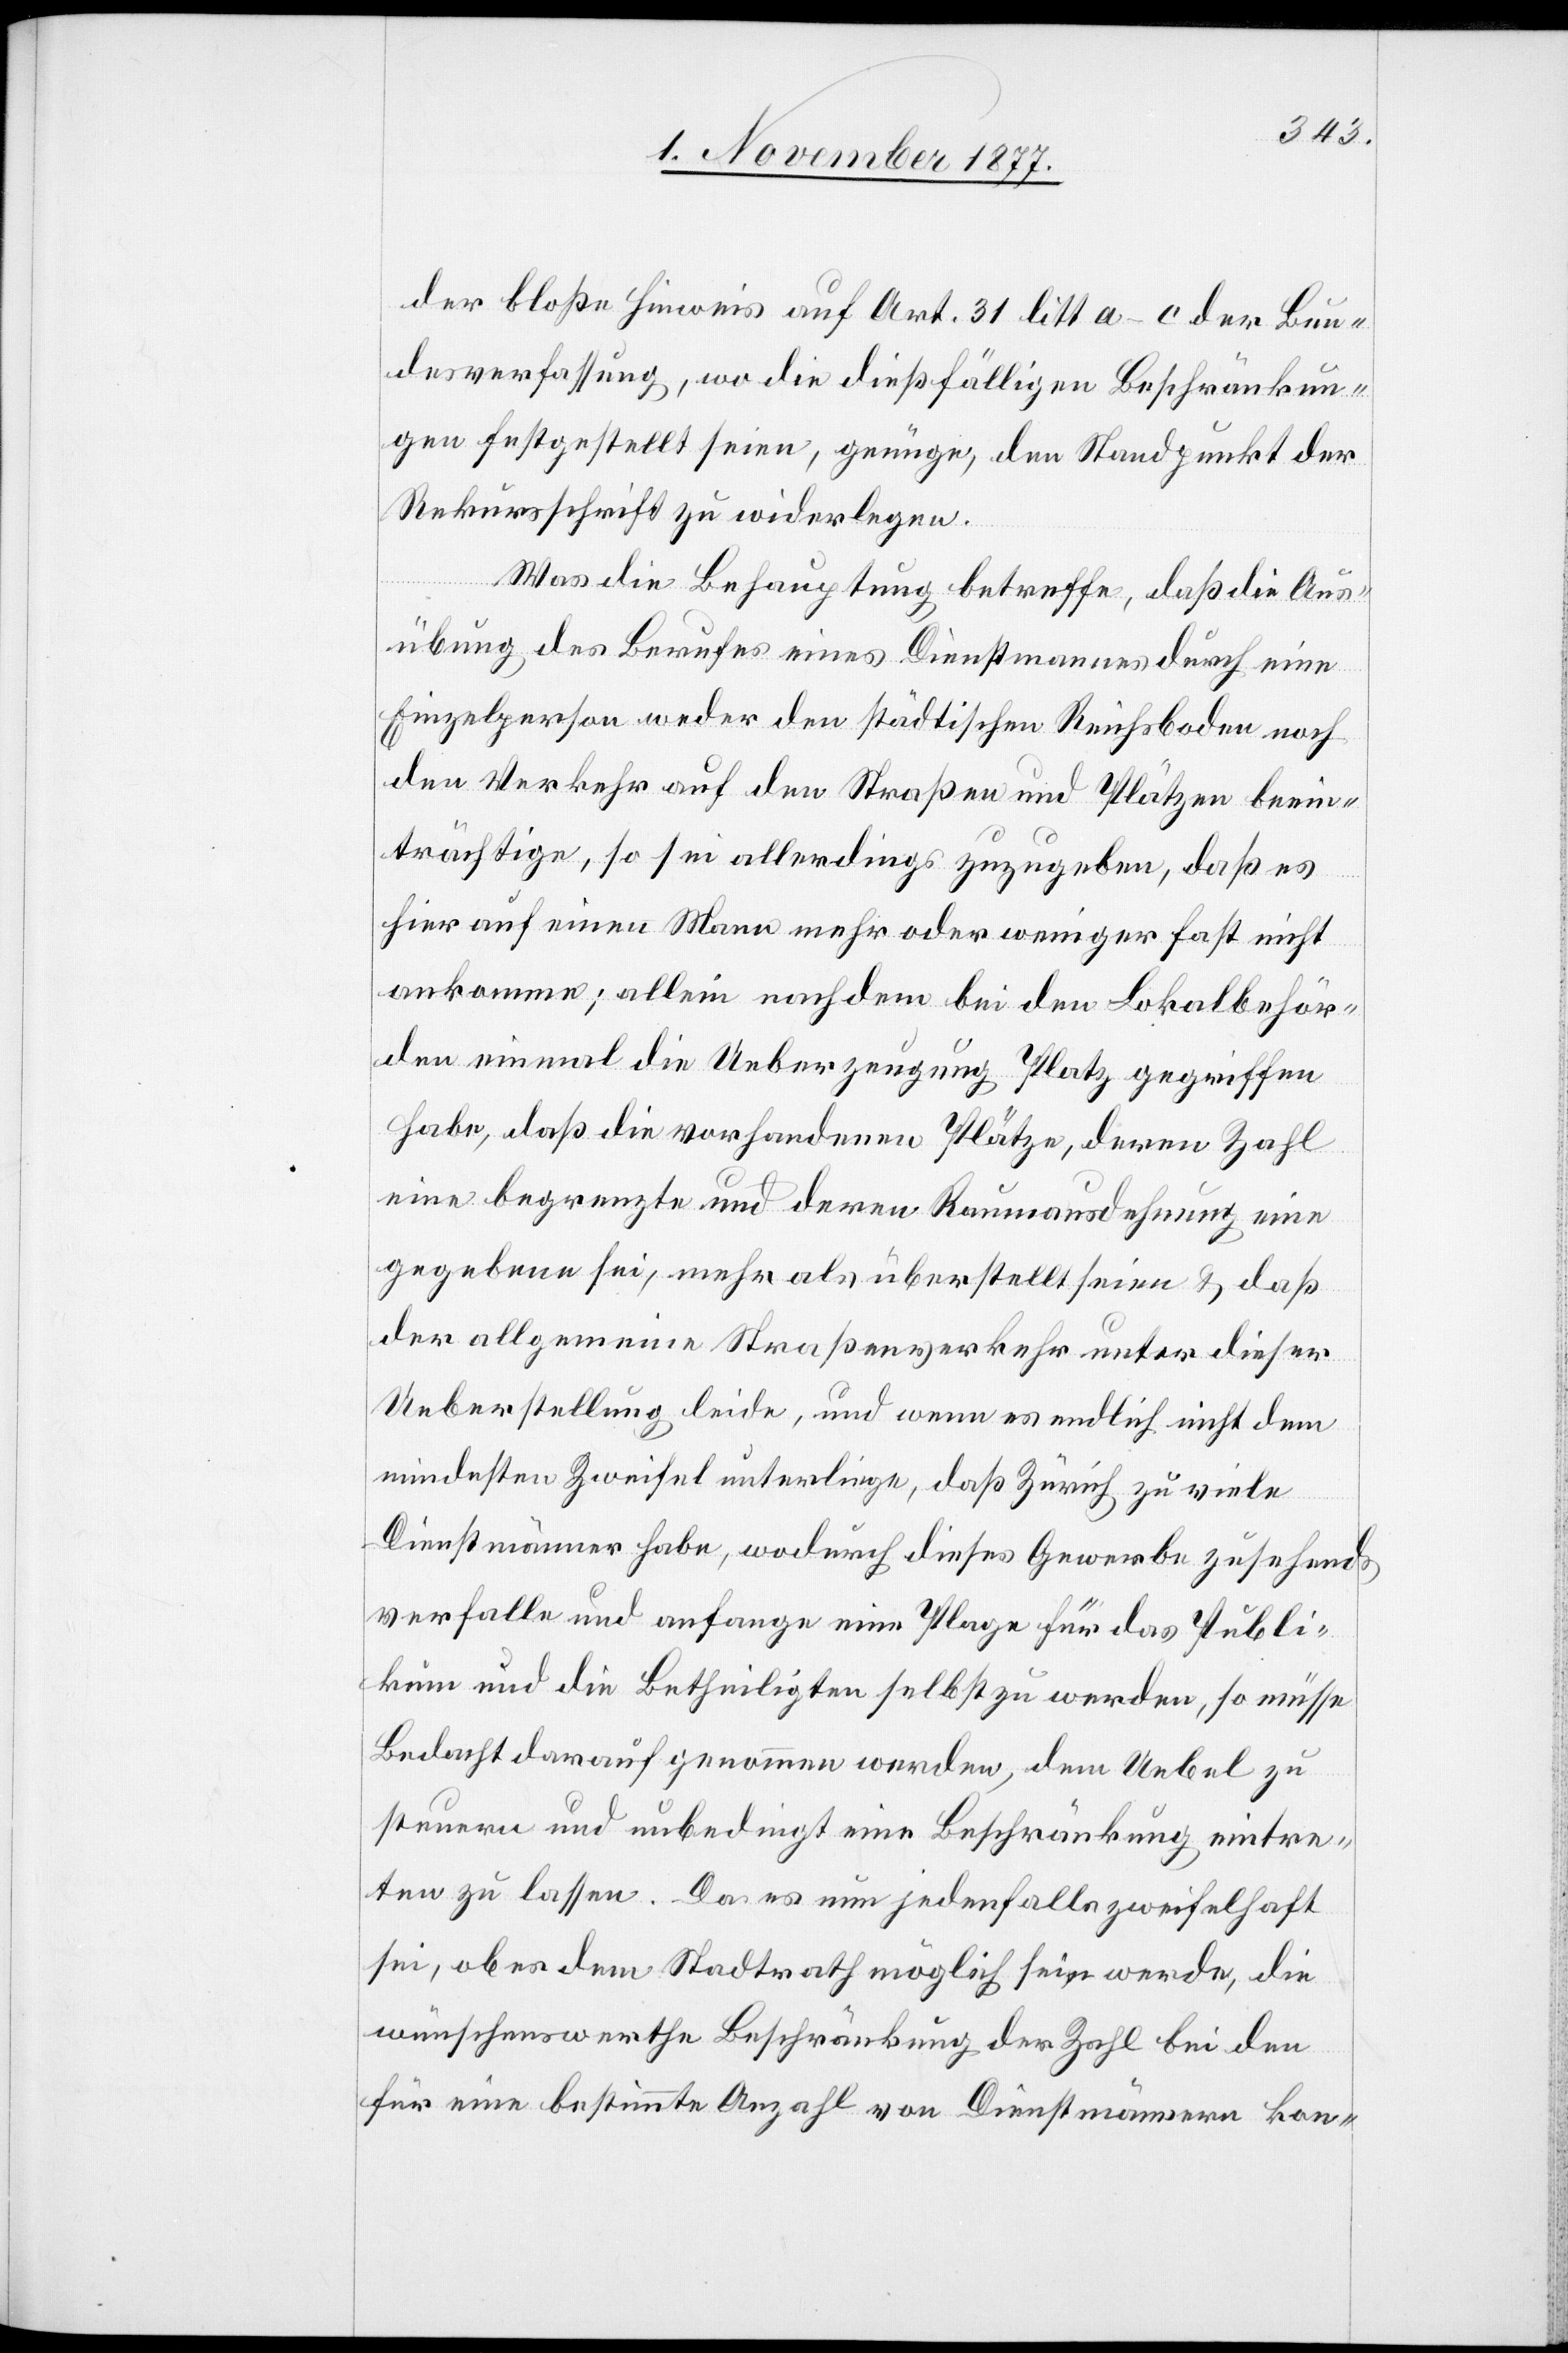
der bloße Hinweis auf Art. 31 litt. a–c der Bun¬
desverfassung, wo die dießfälligen Beschränkun¬
gen festgestellt seien, genüge, den Standpunkt der
Rekursschrift zu widerlegen.
Was die Behauptung betreffe, daß die Aus¬
übung des Berufes eines Dienstmannes durch eine
Einzelperson weder den städtischen Reichsboden noch
den Verkehr auf den Straßen und Plätzen beein¬
trächtige, so sei allerdings zuzugeben, daß es
hier auf einen Mann mehr oder weniger fast nicht
ankomme; allein nachdem bei den Lokalbehör¬
den einmal die Ueberzeugung Platz gegriffen
habe, daß die vorhandenen Plätze, deren Zahl
eine begrenzte und deren Raumausdehnung eine
gegebene sei, mehr als überstellt seien & daß
der allgemeine Straßenverkehr unter dieser
Ueberstellung leide, und wenn es endlich nicht dem
mindesten Zweifel unterliege, daß Zürich zu viele
Dienstmänner habe, wodurch dieses Gewerbe zusehends
verfalle und anfange eine Plage für das Publi¬
kum und die Betheiligten selbst zu werden, so müsse
Bedacht darauf genommen werden, dem Uebel zu
steuern und unbedingt eine Beschränkung eintre¬
ten zu lassen. Da es nun jedenfalls zweifelhaft
sei, ob es dem Stadtrath möglich sein werde, die
wünschenswerthe Beschränkung der Zahl bei den
für eine bestimmte Anzahl von Dienstmännern kon-